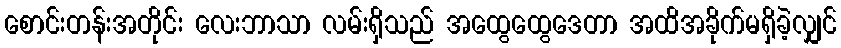
စောင်းတန်းအတိုင်း လေးဘာသာ လမ်းရှိသည် အထွေထွေဒေတာ အထိအခိုက်မရှိခဲ့လျှင်